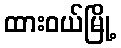
ထားဝယ်မြို့